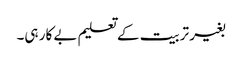
بغیر تربیت کے تعلیم بے کار ہی۔